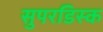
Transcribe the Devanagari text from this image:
सुपरडिस्क